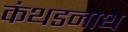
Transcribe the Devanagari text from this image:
कंथडनाथ